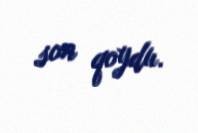
son qoydu.